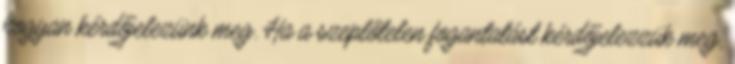
hogyan kérdőjelezünk meg. Ha a szeplőtelen fogantatást kérdőjelezzük meg,